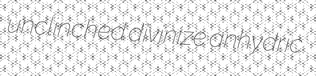
unclinched divinize anhydric